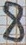
Text: 8